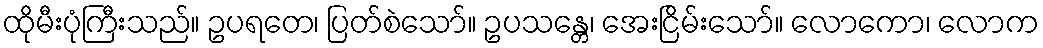
ထိုမီးပုံကြီးသည်။ ဥပရတေ၊ ပြတ်စဲသော်။ ဥပသန္တေ၊ အေးငြိမ်းသော်။ လောကော၊ လောက